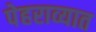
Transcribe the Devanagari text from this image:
पेहराव्यात